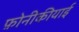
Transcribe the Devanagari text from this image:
फ़ोनीकीयाई